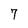
Character: 7